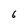
Character: 6